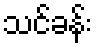
သင်ခန်း